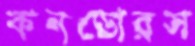
কনডোরস